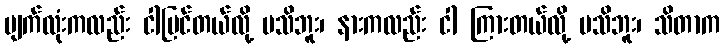
မျက်လုံးကလည်း ငါမြင်တယ်လို့ မသိဘူး၊ နားကလည်း ငါ ကြားတယ်လို့ မသိဘူး၊ သိတာက